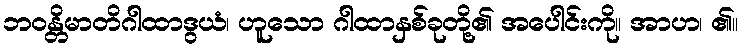
ဘဝန္တိမာတိဂါထာဒွယံ၊ ဟူသော ဂါထာနှစ်ခုတို့၏ အပေါင်းကို။ အာဟ၊ ၏။